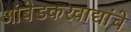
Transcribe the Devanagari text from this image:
आंबेडकरवाद्यांचे